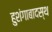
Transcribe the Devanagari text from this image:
हुशंगाबादस्थ